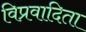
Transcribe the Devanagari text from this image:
विप्रवादिता